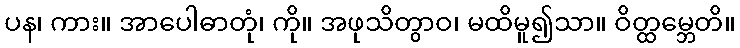
ပန၊ ကား။ အာပေါဓာတုံ၊ ကို။ အဖုသိတွာဝ၊ မထိမူ၍သာ။ ဝိတ္ထမ္ဘေတိ။